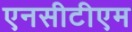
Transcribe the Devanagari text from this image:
एनसीटीएम